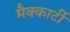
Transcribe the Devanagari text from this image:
मैक्कार्टी